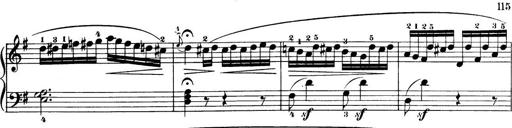
Title: 32 Sonatinas and Rondos for the Piano
Composer: Richard Kleinmichel